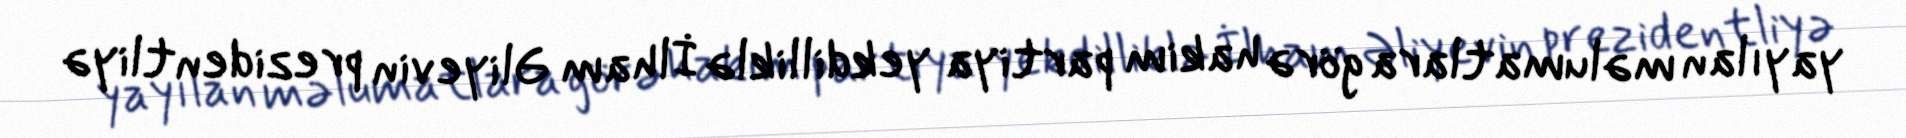
yayılan məlumatlara görə hakim partiya yekdilliklə İlham Əliyevin prezidentliyə